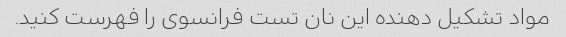
مواد تشکیل دهنده این نان تست فرانسوی را فهرست کنید.